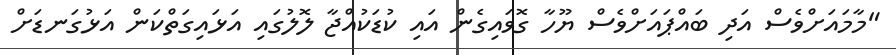
"މާމައަށްވެސް އަދި ބައްޕައަށްވެސް ޔޫހާ ގޮވައިގެން އައި ކުޑަކުއްޖާ ލޮލުގައި އަޅައިގަތްކަން އަޅުގަނޑަށް